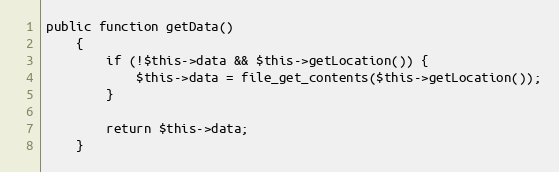
Language: PHP
public function getData()
    {
        if (!$this->data && $this->getLocation()) {
            $this->data = file_get_contents($this->getLocation());
        }

        return $this->data;
    }